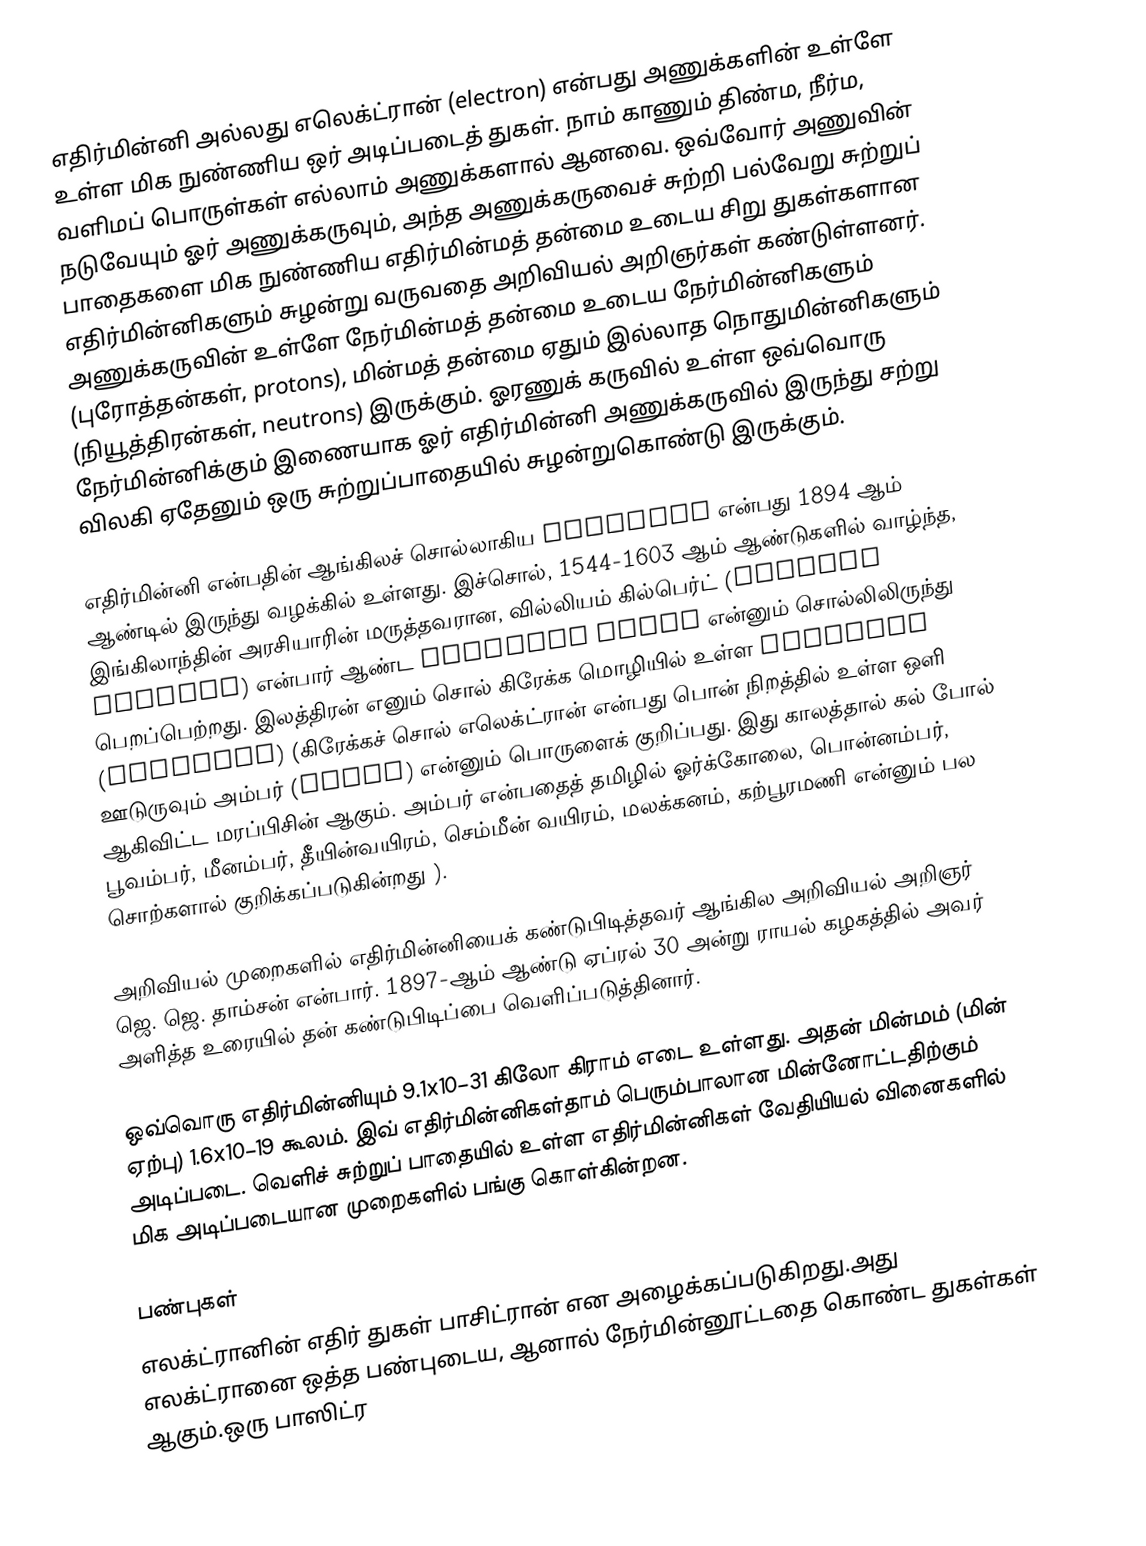
எதிர்மின்னி அல்லது எலெக்ட்ரான் (electron) என்பது அணுக்களின் உள்ளே உள்ள மிக நுண்ணிய ஒர் அடிப்படைத் துகள். நாம் காணும் திண்ம, நீர்ம, வளிமப் பொருள்கள் எல்லாம் அணுக்களால் ஆனவை. ஒவ்வோர் அணுவின் நடுவேயும் ஓர் அணுக்கருவும், அந்த அணுக்கருவைச் சுற்றி பல்வேறு சுற்றுப் பாதைகளை மிக நுண்ணிய எதிர்மின்மத் தன்மை உடைய சிறு துகள்களான எதிர்மின்னிகளும் சுழன்று வருவதை அறிவியல் அறிஞர்கள் கண்டுள்ளனர். அணுக்கருவின் உள்ளே நேர்மின்மத் தன்மை உடைய நேர்மின்னிகளும் (புரோத்தன்கள், protons), மின்மத் தன்மை ஏதும் இல்லாத நொதுமின்னிகளும் (நியூத்திரன்கள், neutrons) இருக்கும். ஓரணுக் கருவில் உள்ள ஒவ்வொரு நேர்மின்னிக்கும் இணையாக ஓர் எதிர்மின்னி அணுக்கருவில் இருந்து சற்று விலகி ஏதேனும் ஒரு சுற்றுப்பாதையில் சுழன்றுகொண்டு இருக்கும்.

எதிர்மின்னி என்பதின் ஆங்கிலச் சொல்லாகிய electron என்பது 1894 ஆம் ஆண்டில் இருந்து வழக்கில் உள்ளது. இச்சொல், 1544-1603 ஆம் ஆண்டுகளில் வாழ்ந்த, இங்கிலாந்தின் அரசியாரின் மருத்தவரான, வில்லியம் கில்பெர்ட் (William Gilbert) என்பார் ஆண்ட electric force என்னும் சொல்லிலிருந்து பெறப்பெற்றது. இலத்திரன் எனும் சொல் கிரேக்க மொழியில் உள்ள ήλεκτρον (elektron) (கிரேக்கச் சொல் எலெக்ட்ரான் என்பது பொன் நிறத்தில் உள்ள ஒளி ஊடுருவும் அம்பர் (amber) என்னும் பொருளைக் குறிப்பது. இது காலத்தால் கல் போல் ஆகிவிட்ட மரப்பிசின் ஆகும். அம்பர் என்பதைத் தமிழில் ஓர்க்கோலை, பொன்னம்பர், பூவம்பர், மீனம்பர், தீயின்வயிரம், செம்மீன் வயிரம், மலக்கனம், கற்பூரமணி என்னும் பல சொற்களால் குறிக்கப்படுகின்றது ).

அறிவியல் முறைகளில் எதிர்மின்னியைக் கண்டுபிடித்தவர் ஆங்கில அறிவியல் அறிஞர் ஜெ. ஜெ. தாம்சன் என்பார். 1897-ஆம் ஆண்டு ஏப்ரல் 30 அன்று ராயல் கழகத்தில் அவர் அளித்த உரையில் தன் கண்டுபிடிப்பை வெளிப்படுத்தினார்.

ஒவ்வொரு எதிர்மின்னியும் 9.1x10−31 கிலோ கிராம் எடை உள்ளது. அதன் மின்மம் (மின் ஏற்பு) 1.6x10−19 கூலம். இவ் எதிர்மின்னிகள்தாம் பெரும்பாலான மின்னோட்டதிற்கும் அடிப்படை. வெளிச் சுற்றுப் பாதையில் உள்ள எதிர்மின்னிகள் வேதியியல் வினைகளில் மிக அடிப்படையான முறைகளில் பங்கு கொள்கின்றன.

பண்புகள்
எலக்ட்ரானின் எதிர் துகள் பாசிட்ரான் என அழைக்கப்படுகிறது.அது எலக்ட்ரானை ஒத்த பண்புடைய, ஆனால் நேர்மின்னூட்டதை கொண்ட துகள்கள் ஆகும்.ஒரு பாஸிட்ர